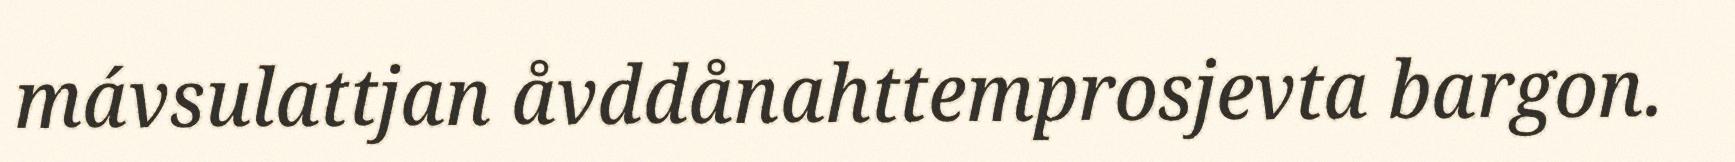
mávsulattjan åvddånahttemprosjevta bargon.